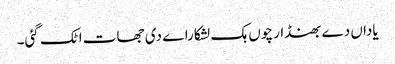
یاداں دے بھنڈار چوں ہک لشکاراے دی جھات اٹک گئی۔